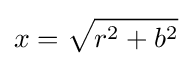
x={\sqrt {r^{2}+b^{2}}}